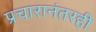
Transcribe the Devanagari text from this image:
प्रचारानंतरही